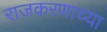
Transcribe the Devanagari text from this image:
राजकरणाच्या